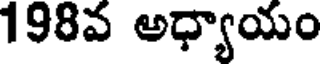
198వ అధ్యాయం